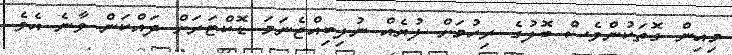
މިއިން ގޮތަކުންވެސް ބޮލުގެ ރިހުމަށް ލުޔެއް ނުލިބިއްޖެނަމަ ޑޮކްޓަރަށް ދައްކަން ވާނެ އެވެ.